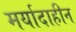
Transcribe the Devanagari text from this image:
मर्यादाहीन